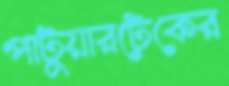
পাটুয়ারটেকের